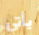
يأتي